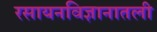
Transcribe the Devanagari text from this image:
रसायनविज्ञानातली